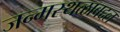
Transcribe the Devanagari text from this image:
जन्मस्थळाबद्दल